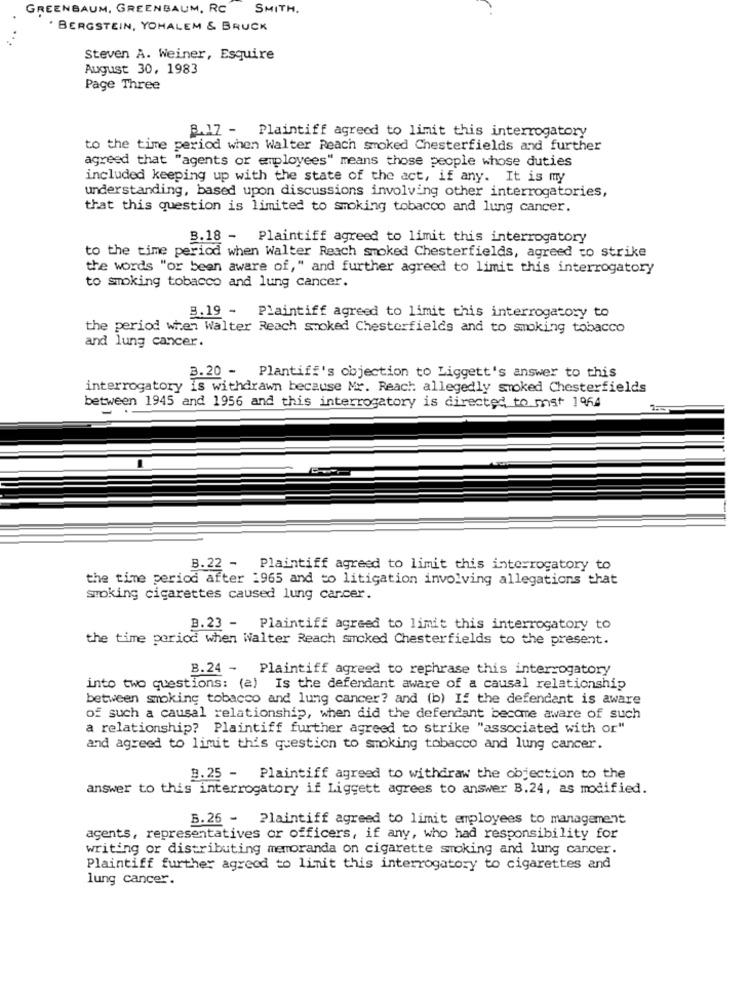
GREENBAUM, GREENBAUM, RC
SMITH.
. BERGSTEIN, YOHALEM & BRUCK
Steven A. Weiner, Esquire
August 30, 1983
Page Three
B.17 - Plaintiff agreed to limit this interrogatory
to the time period when Walter Reach smoked Chesterfields and further
agreed that "agents or employees" means those people whose duties
included keeping up with the state of the act, if any. It is my
understanding, based upon discussions involving other interrogatories,
that this question is limited to smoking tobacco and lung cancer.
3.18 -
Plaintiff agreed to limit this interrogatory
to the time period when Walter Reach smoked Chesterfields, agreed to strike
the words "or been aware of," and further agreed to limit this interrogatory
to smoking tobacco and lung cancer.
B.19 - Plaintiff agreed to limit this interrogatory to
the period when Walter Reach smoked Chesterfields and to smoking tobacco
and lung cancer.
3.20 - Plantiff's objection to Liggett's answer to this
interrogatory is withdrawn because Mr. Reach allegedly smoked Chesterfields
between 1945 and 1956 and this interrogatory is directed to mst 1954
B. 22 - Plaintiff agreed to limit this interrogatory to
the time period after 1965 and to litigation involving allegations that
smoking cigarettes caused lung cancer.
B.23 - Plaintiff agreed to limit this interrogatory to
the time period when Walter Reach smoked Chesterfields to the present.
B.24 - Plaintiff agreed to rephrase this interrogatory
into two questions: (a) Is the defendant aware of a causal relationship
between smoking tobacco and lung cancer? and (b) If the defendant is aware
of such a causal relationship, when did the defendant become aware of such
a relationship? Plaintiff further agreed to strike "associated with or"
and agreed to limit this question to smoking tobacco and lung cancer.
B. 25 - Plaintiff agreed to withdraw the objection to the
answer to this interrogatory if Liggett agrees to answer B.24, as modified.
B. 26 -
Plaintiff agreed to limit employees to management
agents, representatives or officers, if any, who had responsibility for
writing or distributing memoranda on cigarette smoking and lung cancer.
Plaintiff further agreed to limit this interrogatory to cigarettes and
lung cancer.